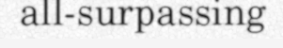
all-surpassing